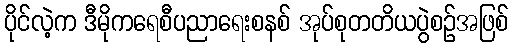
ပိုင်လဲ့က ဒီမိုကရေစီပညာရေးစနစ် အုပ်စုတတိယပွဲစဉ်အဖြစ်